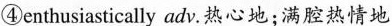
④enthusiastically adv。热心地；满腔热情地